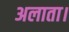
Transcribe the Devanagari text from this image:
अलाता।